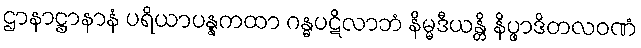
ဌာနာဋ္ဌာနာနံ ပရိယာပန္နကထာ ဂန္ဓပဋိလာဘံ နိမ္မဒီယန္တိ နိပ္ဖာဒိတလဝဏံ